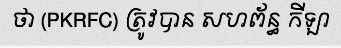
ថា (PKRFC) ត្រូវបាន សហព័ន្ធ កីឡា